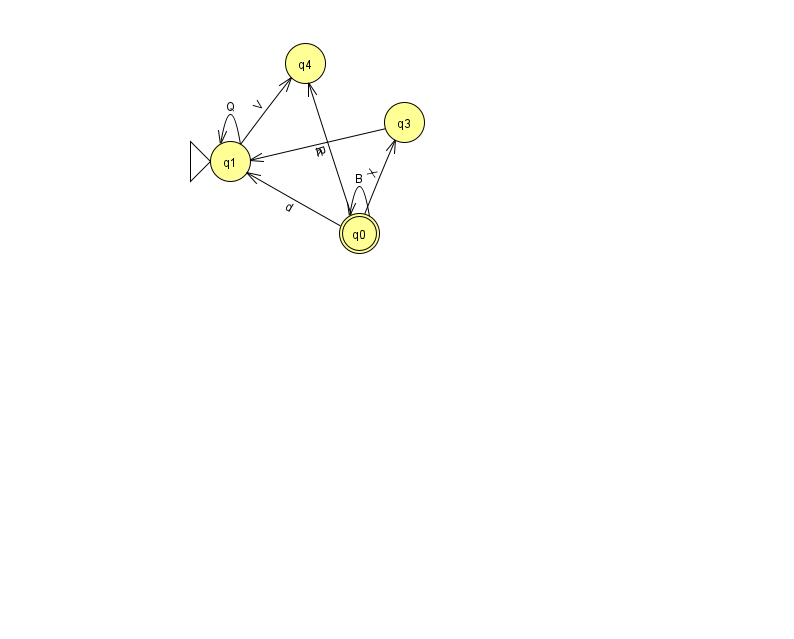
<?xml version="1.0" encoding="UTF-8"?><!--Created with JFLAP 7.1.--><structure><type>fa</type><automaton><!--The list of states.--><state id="0" name="q0"><x>359.0</x><y>220.0</y><final/></state><state id="1" name="q1"><x>230.0</x><y>148.0</y><initial/></state><state id="3" name="q3"><x>404.0</x><y>109.0</y></state><state id="4" name="q4"><x>305.0</x><y>50.0</y></state><!--The list of transitions.--><transition><from>1</from><to>1</to><read>Q</read></transition><transition><from>0</from><to>0</to><read>B</read></transition><transition><from>0</from><to>4</to><read>R</read></transition><transition><from>1</from><to>4</to><read>V</read></transition><transition><from>0</from><to>1</to><read>d</read></transition><transition><from>3</from><to>1</to><read>h</read></transition><transition><from>0</from><to>3</to><read>X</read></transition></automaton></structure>